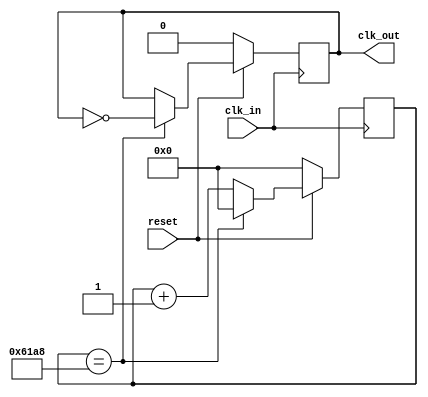

/* complete */
`define UnitTime 32'd 25000
module Unit_fd(clk_in ,reset, clk_out) ; // Time Frequency Divider
    input clk_in,reset ;
    output reg clk_out ;
    reg [31:0] count ;

    always@(posedge clk_in)
    begin
        if(!reset)
            begin
                count<=32'd 0 ;
                clk_out <= 1'b 0;
            end
        else
            begin
                if(count==`UnitTime)
                    begin
                        count <= 0;
                        clk_out <= ~clk_out;
                    end
                else
                    begin
                        count = count+1 ;//Is the notation between count and count+1 '=' or '<='?
                    end
            end
    end
endmodule

/* complete */
module ssd(in,out); // Seven Segments Display
    input [3:0] in ;
    output reg  [6:0] out ;

    always@(in)
    begin
        case(in)
        4'h 0 : out = 7'b 1000000;
        4'h 1 : out = 7'b 1111001;
        4'h 2 : out = 7'b 0100100;
        4'h 3 : out = 7'b 0110000;
        4'h 4 : out = 7'b 0011001;
        4'h 5 : out = 7'b 0010010;
        4'h 6 : out = 7'b 0000010;
        4'h 7 : out = 7'b 1111000;
        4'h 8 : out = 7'b 0000000;
        4'h 9 : out = 7'b 0010000;
        4'h a : out = 7'b 0001000;
        4'h b : out = 7'b 0000011;
        4'h c : out = 7'b 1000110;
        4'h d : out = 7'b 0100001;
        4'h e : out = 7'b 0000110;
        4'h f : out = 7'b 0001110;
        endcase
    end
endmodule


/*finished but not test yet*/
module LD_state( up , down , map_ld_0 , map_ld_1 , map_ld_2  , map_ld_3  , map_ld_4  , map_ld_5  , map_ld_6  , map_ld_7  ) ; // output a state
    input up , down ;
    output reg [3:0] map_ld_0  ,  map_ld_1  ,  map_ld_2  ,  map_ld_3  ,  map_ld_4  ,  map_ld_5  , map_ld_6  ,  map_ld_7   ;
	 reg jump_or_not = 0 , down_or_not = 0 ;					// , 
	 reg eight_one_clk ;					//:1/8
	 reg [3:0] count = 4'd0 ;			//count : 

	 always@(posedge down or posedge up or posedge eight_one_clk)					//
	 //-----------------------------------------------------
	 begin
	 if(up || down)
	 begin
	 if(jump_or_not == 0)					//
		begin
			if(up)								//up => !
				begin
					jump_or_not <= 1 ;
					count <= count + 1 ;
					if(down)						// && 
						begin
							map_ld_0 <= 4'b0000 ;
							map_ld_1 <= 4'b0000 ;
							map_ld_2 <= 4'b0000 ;
							map_ld_3 <= 4'b0000 ;
							map_ld_4 <= 4'b0000 ;
							map_ld_5 <= 4'b1111 ;
							map_ld_6 <= 4'b0101 ;
							map_ld_7 <= 4'b0000 ;
						end
					else							// && 
						begin
							map_ld_0 <= 4'b0000 ;
							map_ld_1 <= 4'b0000 ;
							map_ld_2 <= 4'b0000 ;
							map_ld_3 <= 4'b0111 ;
							map_ld_4 <= 4'b0100 ;
							map_ld_5 <= 4'b0110 ;
							map_ld_6 <= 4'b1100 ;
							map_ld_7 <= 4'b0000 ;
						end
				end
			else 									//up => !
				begin
					if(down)							// && 
						begin
							map_ld_0 <= 4'b0000 ;
							map_ld_1 <= 4'b0000 ;
							map_ld_2 <= 4'b0000 ;
							map_ld_3 <= 4'b0000 ;
							map_ld_4 <= 4'b0000 ;
							map_ld_5 <= 4'b0000 ;
							map_ld_6 <= 4'b1111 ;
							map_ld_7 <= 4'b0101 ;
						end
					else
						begin
							map_ld_0 <= 4'b0000 ;
							map_ld_1 <= 4'b0000 ;
							map_ld_2 <= 4'b0000 ;
							map_ld_3 <= 4'b0000 ;
							map_ld_4 <= 4'b0111 ;
							map_ld_5 <= 4'b0100 ;
							map_ld_6 <= 4'b0110 ;
							map_ld_7 <= 4'b1100 ;
						end
				end
		end
	 else 									//
		begin
			count <= count + 1 ;				//
			if(count == 4'd9)
				begin
					count <= 0 ;
					jump_or_not = 0 ;
				end
			if(down)							// && 
				begin
					case (count)
					4'd1 , 4'd8 :
						begin
							map_ld_0 <= 4'b0000 ;
							map_ld_1 <= 4'b0000 ;
							map_ld_2 <= 4'b0000 ;
							map_ld_3 <= 4'b0000 ;
							map_ld_4 <= 4'b0000 ;
							map_ld_5 <= 4'b1111 ;
							map_ld_6 <= 4'b0101 ;
							map_ld_7 <= 4'b0000 ;
						end
					4'd2 , 4'd7 :
						begin
							map_ld_0 <= 4'b0000 ;
							map_ld_1 <= 4'b0000 ;
							map_ld_2 <= 4'b0000 ;
							map_ld_3 <= 4'b0000 ;
							map_ld_4 <= 4'b1111 ;
							map_ld_5 <= 4'b0101 ;
							map_ld_6 <= 4'b0000 ;
							map_ld_7 <= 4'b0000 ;
						end
					4'd3 , 4'd6 :
						begin
							map_ld_0 <= 4'b0000 ;
							map_ld_1 <= 4'b0000 ;
							map_ld_2 <= 4'b0000 ;
							map_ld_3 <= 4'b1111 ;
							map_ld_4 <= 4'b0101 ;
							map_ld_5 <= 4'b0000 ;
							map_ld_6 <= 4'b0000 ;
							map_ld_7 <= 4'b0000 ;
						end
					4'd4 , 4'd5 :
						begin
							map_ld_0 <= 4'b0000 ;
							map_ld_1 <= 4'b0000 ;
							map_ld_2 <= 4'b1111 ;
							map_ld_3 <= 4'b0101 ;
							map_ld_4 <= 4'b0000 ;
							map_ld_5 <= 4'b0000 ;
							map_ld_6 <= 4'b0000 ;
							map_ld_7 <= 4'b0000 ;
						end
				endcase
			end
			else								// && 
				begin
				case (count)
					4'd1 , 4'd8 :
						begin
							map_ld_0 <= 4'b0000 ;
							map_ld_1 <= 4'b0000 ;
							map_ld_2 <= 4'b0000 ;
							map_ld_3 <= 4'b0111 ;
							map_ld_4 <= 4'b0100 ;
							map_ld_5 <= 4'b0110 ;
							map_ld_6 <= 4'b1100 ;
							map_ld_7 <= 4'b0000 ;
						end
					4'd2 , 4'd7 :
						begin
							map_ld_0 <= 4'b0000 ;
							map_ld_1 <= 4'b0000 ;
							map_ld_2 <= 4'b0111 ;
							map_ld_3 <= 4'b0100 ;
							map_ld_4 <= 4'b0110 ;
							map_ld_5 <= 4'b1100 ;
							map_ld_6 <= 4'b0000 ;
							map_ld_7 <= 4'b0000 ;
						end
					4'd3 , 4'd6 :
						begin
							map_ld_0 <= 4'b0000 ;
							map_ld_1 <= 4'b0111 ;
							map_ld_2 <= 4'b0100 ;
							map_ld_3 <= 4'b0110 ;
							map_ld_4 <= 4'b1100 ;
							map_ld_5 <= 4'b0000 ;
							map_ld_6 <= 4'b0000 ;
							map_ld_7 <= 4'b0000 ;
						end
					4'd4 , 4'd5 :
						begin
							map_ld_0 <= 4'b0111 ;
							map_ld_1 <= 4'b0100 ;
							map_ld_2 <= 4'b0110 ;
							map_ld_3 <= 4'b1100 ;
							map_ld_4 <= 4'b0000 ;
							map_ld_5 <= 4'b0000 ;
							map_ld_6 <= 4'b0000 ;
							map_ld_7 <= 4'b0000 ;
						end
					endcase
				end
		end
	end
end
endmodule


/* finish but not test yet */
module Obstacle (unit_clk  , reset , gap , spawn_obstacle_7 , spawn_obstacle_6 , spawn_obstacle_5 , spawn_obstacle_4 , spawn_obstacle_3
    ,spawn_obstacle_2 , spawn_obstacle_1 , spawn_obstacle_0 ) ;

    input unit_clk ;
    input reset ;
    input [1:0] gap ;
    output reg [1:0] spawn_obstacle_7 ;
    output reg [1:0] spawn_obstacle_6 ;
    output reg [1:0] spawn_obstacle_5 ;
    output reg [1:0] spawn_obstacle_4 ;
    output reg [1:0] spawn_obstacle_3 ;
    output reg [1:0] spawn_obstacle_2 ;
    output reg [1:0] spawn_obstacle_1 ;
    output reg [1:0] spawn_obstacle_0 ;
    reg[2:0] ran ;
    /*
    wire[31:0] random ;
    reg i_Seed_DV;
	reg [31:0] i_Seed_Data;
	wire [31:0] o_LFSR_Data;
	wire o_LFSR_Done;
    */

    /* random number generator */
    //LFSR #(.NUM_BITS(32)) dut( unit_clk , reset, i_Seed_DV , i_Seed_Data , o_LFSR_Data , o_LFSR_Done );

    always@(posedge unit_clk , posedge reset)
    begin
        if(reset==1)
            begin
                spawn_obstacle_0 <= 2'b 00 ;
                spawn_obstacle_1 <= 2'b 00 ;
                spawn_obstacle_2 <= 2'b 00 ;
                spawn_obstacle_3 <= 2'b 00 ;
                spawn_obstacle_4 <= 2'b 00 ;
                spawn_obstacle_5 <= 2'b 00 ;
                spawn_obstacle_6 <= 2'b 00 ;
                spawn_obstacle_7 <= 2'b 00 ;  
            end
        else
            begin
            ran <= ran+1 ;
            case(ran)
            3'd 0 :begin
                spawn_obstacle_0 <= 2'b 00 ;
                spawn_obstacle_1 <= 2'b 00 ;
                spawn_obstacle_2 <= 2'b 00 ;
                spawn_obstacle_3 <= 2'b 00 ;
                spawn_obstacle_4 <= 2'b 00 ;
                spawn_obstacle_5 <= 2'b 11 ;
                spawn_obstacle_6 <= 2'b 11 ;
                spawn_obstacle_7 <= 2'b 11 ; 
            end
            3'd 1 :begin
                spawn_obstacle_0 <= 2'b 11 ;
                spawn_obstacle_1 <= 2'b 11 ;
                spawn_obstacle_2 <= 2'b 11 ;
                spawn_obstacle_3 <= 2'b 11 ;
                spawn_obstacle_4 <= 2'b 00 ;
                spawn_obstacle_5 <= 2'b 00 ;
                spawn_obstacle_6 <= 2'b 00 ;
                spawn_obstacle_7 <= 2'b 00 ;  
            end
            3'd 2 :begin
                spawn_obstacle_0 <= 2'b 11 ;
                spawn_obstacle_1 <= 2'b 11 ;
                spawn_obstacle_2 <= 2'b 00 ;
                spawn_obstacle_3 <= 2'b 00 ;
                spawn_obstacle_4 <= 2'b 00 ;
                spawn_obstacle_5 <= 2'b 00 ;
                spawn_obstacle_6 <= 2'b 11 ;
                spawn_obstacle_7 <= 2'b 11 ; 
            end
            3'd 3 :begin
                spawn_obstacle_0 <= 2'b 00 ;
                spawn_obstacle_1 <= 2'b 00 ;
                spawn_obstacle_2 <= 2'b 00 ;
                spawn_obstacle_3 <= 2'b 00 ;
                spawn_obstacle_4 <= 2'b 00 ;
                spawn_obstacle_5 <= 2'b 11 ;
                spawn_obstacle_6 <= 2'b 11 ;
                spawn_obstacle_7 <= 2'b 11 ; 
            end
            3'd 4 :begin
                spawn_obstacle_0 <= 2'b 11 ;
                spawn_obstacle_1 <= 2'b 00 ;
                spawn_obstacle_2 <= 2'b 00 ;
                spawn_obstacle_3 <= 2'b 11 ;
                spawn_obstacle_4 <= 2'b 00 ;
                spawn_obstacle_5 <= 2'b 00 ;
                spawn_obstacle_6 <= 2'b 00 ;
                spawn_obstacle_7 <= 2'b 11 ; 
            end
            3'd 5 :begin
                spawn_obstacle_0 <= 2'b 11 ;
                spawn_obstacle_1 <= 2'b 11 ;
                spawn_obstacle_2 <= 2'b 11 ;
                spawn_obstacle_3 <= 2'b 00 ;
                spawn_obstacle_4 <= 2'b 00 ;
                spawn_obstacle_5 <= 2'b 00 ;
                spawn_obstacle_6 <= 2'b 00 ;
                spawn_obstacle_7 <= 2'b 11 ; 
            end
            3'd 6 :begin
                spawn_obstacle_0 <= 2'b 11 ;
                spawn_obstacle_1 <= 2'b 11 ;
                spawn_obstacle_2 <= 2'b 00 ;
                spawn_obstacle_3 <= 2'b 00 ;
                spawn_obstacle_4 <= 2'b 00 ;
                spawn_obstacle_5 <= 2'b 11 ;
                spawn_obstacle_6 <= 2'b 00 ;
                spawn_obstacle_7 <= 2'b 11 ;  
            end
            3'd 7 :begin
                spawn_obstacle_0 <= 2'b 01 ;
                spawn_obstacle_1 <= 2'b 01 ;
                spawn_obstacle_2 <= 2'b 11 ;
                spawn_obstacle_3 <= 2'b 00 ;
                spawn_obstacle_4 <= 2'b 00 ;
                spawn_obstacle_5 <= 2'b 11 ;
                spawn_obstacle_6 <= 2'b 01 ;
                spawn_obstacle_7 <= 2'b 01 ;  
            end
            endcase
            end
    end
endmodule

/* finish but not test yet */
module Hit ( unit_clk,record_obstacle_7 , record_obstacle_6 ,record_obstacle_5  , record_obstacle_4  , record_obstacle_3  , record_obstacle_2  ,
            record_obstacle_1 , record_obstacle_0 ,map_ld_7, map_ld_6 , map_ld_5 , map_ld_4 , map_ld_3 , map_ld_2 , map_ld_1 , map_ld_0 ,
            life3 , life2 , life1 , GameOver ) ;
    input unit_clk ;
    input[15:0] record_obstacle_7 ;
    input[15:0] record_obstacle_6 ;
    input[15:0] record_obstacle_5 ;
    input[15:0] record_obstacle_4 ;
    input[15:0] record_obstacle_3 ;
    input[15:0] record_obstacle_2 ;
    input[15:0] record_obstacle_1 ;
    input[15:0] record_obstacle_0 ;
    input[3:0] map_ld_7 ; 
    input[3:0] map_ld_6 ; 
    input[3:0] map_ld_5 ; 
    input[3:0] map_ld_4 ; 
    input[3:0] map_ld_3 ; 
    input[3:0] map_ld_2 ; 
    input[3:0] map_ld_1 ; 
    input[3:0] map_ld_0 ; 
    output reg life3 , life2 , life1 ;
    output reg GameOver ; 
    reg hit ;

    always@(posedge unit_clk)
        begin

        hit <=( (record_obstacle_7[3] & map_ld_7[3])  || (record_obstacle_7[2] & map_ld_7[2]) || (record_obstacle_7[1] & map_ld_7[1]) ||(record_obstacle_7[0] & map_ld_7[0]) ||
            (record_obstacle_6[3] & map_ld_6[3])  || (record_obstacle_6[2] & map_ld_6[2]) || (record_obstacle_6[1] & map_ld_6[1]) ||(record_obstacle_6[0] & map_ld_6[0]) ||
            (record_obstacle_5[3] & map_ld_5[3])  || (record_obstacle_5[2] & map_ld_5[2]) || (record_obstacle_5[1] & map_ld_5[1]) ||(record_obstacle_5[0] & map_ld_5[0]) ||
            (record_obstacle_4[3] & map_ld_4[3])  || (record_obstacle_4[2] & map_ld_4[2]) || (record_obstacle_4[1] & map_ld_4[1]) ||(record_obstacle_4[0] & map_ld_4[0]) ||
            (record_obstacle_3[3] & map_ld_3[3])  || (record_obstacle_3[2] & map_ld_3[2]) || (record_obstacle_3[1] & map_ld_3[1]) ||(record_obstacle_3[0] & map_ld_3[0]) ||
            (record_obstacle_2[3] & map_ld_2[3])  || (record_obstacle_2[2] & map_ld_2[2]) || (record_obstacle_2[1] & map_ld_2[1]) ||(record_obstacle_2[0] & map_ld_2[0]) ||
            (record_obstacle_1[3] & map_ld_1[3])  || (record_obstacle_1[2] & map_ld_1[2]) || (record_obstacle_1[1] & map_ld_1[1]) ||(record_obstacle_1[0] & map_ld_1[0]) ||
            (record_obstacle_0[3] & map_ld_0[3])  || (record_obstacle_0[2] & map_ld_0[2]) || (record_obstacle_0[1] & map_ld_0[1]) ||(record_obstacle_0[0] & map_ld_0[0]) 
            ) ? 1:0 ;

        end


    initial life3 = 1 ;
    initial life2 = 1 ;
    initial life1 = 1 ;


endmodule


/* Author : wadxs90123 
   finished but not test yet */
module Score(unit_clk,reset,score_out1,score_out2,score_out3,score_out4);//The score is depands on game speed , so we just need to change the game speed
    input unit_clk,reset;
    output reg [3:0] score_out1,score_out2,score_out3,score_out4;
    reg[3:0] score;
    
    always@(posedge unit_clk , negedge reset)
		begin
		if(!reset)//initialize
			begin
			  score<=4'b 0;
			end
		else
		   begin
				if(score == 4'b 1111)//can set another number,not only 16 ,"score" is just a timer
					begin
						score <=0;
						if(score_out1 != 4'h f)
							begin
							    score_out1 <= score_out1 +1;
							end
					    else
					        begin
					            score_out1 <= 0;
					            if(score_out2 != 4'h f)
					        	    begin
					        	        score_out2 <= score_out2 +1;
					                end
					            else
					                begin
					                    score_out2 <= 0;
					                    if(score_out3!=4'h f)
					                        begin
					                            score_out3 <= score_out3 +1;
					                        end
					                    else
					                        begin
					                            score_out3 <= 0;
					                            if(score_out4!= 4'h f)
					                                begin
					                                    score_out4 <= score_out4 +1;
					                                end 
					                            else
					                                begin
					                                    score_out1 <= 0;
					                                    score_out2 <= 0;
					                                    score_out3 <= 0;
					                                    score_out4 <= 0;//re-count from 0000...
					                                end
					                        end
					                end
					        end
					end
				else
					begin
						score <= score + 1;
					end
			end
		end
endmodule

/* pseudo random number generator */
module LFSR #(parameter NUM_BITS = 32)(
   input i_Clk,
   input i_Enable,

   // Optional Seed Value
   input i_Seed_DV,
   input [NUM_BITS-1:0] i_Seed_Data,

   output [NUM_BITS-1:0] o_LFSR_Data,
   output o_LFSR_Done
   );

  reg [NUM_BITS:1] r_LFSR = 0;
  reg              r_XNOR;

  always @(posedge i_Clk)
    begin
      if (i_Enable == 1'b1)
        begin
          if (i_Seed_DV == 1'b1)
            r_LFSR <= i_Seed_Data;
          else
            r_LFSR <= {r_LFSR[NUM_BITS-1:1], r_XNOR};
        end
    end

  always @(*)
    begin
      case (NUM_BITS)
        3: begin
          r_XNOR = r_LFSR[3] ^~ r_LFSR[2];
        end
        4: begin
          r_XNOR = r_LFSR[4] ^~ r_LFSR[3];
        end
        5: begin
          r_XNOR = r_LFSR[5] ^~ r_LFSR[3];
        end
        6: begin
          r_XNOR = r_LFSR[6] ^~ r_LFSR[5];
        end
        7: begin
          r_XNOR = r_LFSR[7] ^~ r_LFSR[6];
        end
        8: begin
          r_XNOR = r_LFSR[8] ^~ r_LFSR[6] ^~ r_LFSR[5] ^~ r_LFSR[4];
        end
        9: begin
          r_XNOR = r_LFSR[9] ^~ r_LFSR[5];
        end
        10: begin
          r_XNOR = r_LFSR[10] ^~ r_LFSR[7];
        end
        11: begin
          r_XNOR = r_LFSR[11] ^~ r_LFSR[9];
        end
        12: begin
          r_XNOR = r_LFSR[12] ^~ r_LFSR[6] ^~ r_LFSR[4] ^~ r_LFSR[1];
        end
        13: begin
          r_XNOR = r_LFSR[13] ^~ r_LFSR[4] ^~ r_LFSR[3] ^~ r_LFSR[1];
        end
        14: begin
          r_XNOR = r_LFSR[14] ^~ r_LFSR[5] ^~ r_LFSR[3] ^~ r_LFSR[1];
        end
        15: begin
          r_XNOR = r_LFSR[15] ^~ r_LFSR[14];
        end
        16: begin
          r_XNOR = r_LFSR[16] ^~ r_LFSR[15] ^~ r_LFSR[13] ^~ r_LFSR[4];
          end
        17: begin
          r_XNOR = r_LFSR[17] ^~ r_LFSR[14];
        end
        18: begin
          r_XNOR = r_LFSR[18] ^~ r_LFSR[11];
        end
        19: begin
          r_XNOR = r_LFSR[19] ^~ r_LFSR[6] ^~ r_LFSR[2] ^~ r_LFSR[1];
        end
        20: begin
          r_XNOR = r_LFSR[20] ^~ r_LFSR[17];
        end
        21: begin
          r_XNOR = r_LFSR[21] ^~ r_LFSR[19];
        end
        22: begin
          r_XNOR = r_LFSR[22] ^~ r_LFSR[21];
        end
        23: begin
          r_XNOR = r_LFSR[23] ^~ r_LFSR[18];
        end
        24: begin
          r_XNOR = r_LFSR[24] ^~ r_LFSR[23] ^~ r_LFSR[22] ^~ r_LFSR[17];
        end
        25: begin
          r_XNOR = r_LFSR[25] ^~ r_LFSR[22];
        end
        26: begin
          r_XNOR = r_LFSR[26] ^~ r_LFSR[6] ^~ r_LFSR[2] ^~ r_LFSR[1];
        end
        27: begin
          r_XNOR = r_LFSR[27] ^~ r_LFSR[5] ^~ r_LFSR[2] ^~ r_LFSR[1];
        end
        28: begin
          r_XNOR = r_LFSR[28] ^~ r_LFSR[25];
        end
        29: begin
          r_XNOR = r_LFSR[29] ^~ r_LFSR[27];
        end
        30: begin
          r_XNOR = r_LFSR[30] ^~ r_LFSR[6] ^~ r_LFSR[4] ^~ r_LFSR[1];
        end 
        31: begin
          r_XNOR = r_LFSR[31] ^~ r_LFSR[28];
        end
        32: begin
          r_XNOR = r_LFSR[32] ^~ r_LFSR[22] ^~ r_LFSR[2] ^~ r_LFSR[1];
        end

      endcase // case (NUM_BITS)
    end // always @ (*)

  assign o_LFSR_Data = r_LFSR[NUM_BITS:1];
  assign o_LFSR_Done = (r_LFSR[NUM_BITS:1] == i_Seed_Data) ? 1'b1 : 1'b0;

endmodule // LFSR

/* top module */
`define padTime 10 
module little_dinosaur(clock , reset , keypadCol , keypadRow , ssd_out1 , ssd_out2 , ssd_out3 , ssd_out4 , dot_row , dot_col1
         , dot_col2 , life1 , life2 , life3 ) ;
    
    /*device*/
    input clock , reset ;
    input [3:0] keypadCol ;	
	output reg [3:0] keypadRow ; 
    output[6:0] ssd_out1 , ssd_out2 , ssd_out3 , ssd_out4 ; // Seven Segments Display
    output reg [7:0] dot_row , dot_col1 , dot_col2 ; // show the picture in the dot matrix
    output life1 , life2 , life3 ;
    wire [3:0] score_out1,score_out2,score_out3,score_out4; // connect to the ssd 
    wire unit_clk ; // unit_clk represents the time to refresh the dot matrix   
    reg [3:0] keypadBuf ;
	reg [3:0] keypadDelay ;
    reg stop , start , restart , up , down ;
    wire GameOver ;
    
    /*map*/
    wire[7:0] col1[7:0] ,  col2[7:0]  ; // Combine the mv_map and map_ld together , and send it to dot_col 
    reg[7:0] mv_map[7:0][1:0] ; // the map only need to record the column  
    wire [3:0] map_ld[7:0] ; // the map of the little dinosaur
    reg [15:0] record_obstacle[7:0] ; // position of obstacle 
    wire [7:0] temp[7:0] ;
   
    /*obstacle*/ 
    wire[1:0] spawn_obstacle[7:0] ; // generate obstacles
    reg[1:0] obstacle[7:0] ; // spawn_obstacle give the generated one to obstacle
    reg[1:0] gap ; // used to control the obstacle not too close to other obstacles

    /*other*/
    wire hit ; // check if the little dinosaur was hit or not 
    wire score ;
    reg [2:0] row_count ;

    /*speed*/

    ssd s1(.in(score_out1),.out(ssd_out1));
    ssd s2(.in(score_out2),.out(ssd_out2));
    ssd s3(.in(score_out3),.out(ssd_out3));
    ssd s4(.in(score_out4),.out(ssd_out4));


    Unit_fd f2 (.clk_in(clock) , .reset(reset) , .clk_out(unit_clk)) ; // frequency divider 

    LD_state m1 ( up , down , map_ld[0], map_ld[1], map_ld[2],  map_ld[3],  map_ld[4],  map_ld[5],  map_ld[6],  map_ld[7] ) ;

    // create a new obstacle
    Obstacle m2 (unit_clk , reset , gap , spawn_obstacle[7] , spawn_obstacle[6] , spawn_obstacle[5] , spawn_obstacle[4] , spawn_obstacle[3]
    ,spawn_obstacle[2] , spawn_obstacle[1] , spawn_obstacle[0] ) ;

    // check whether it was hit or not 
    Hit m3 (unit_clk, record_obstacle[7] , record_obstacle[6],record_obstacle[5] , record_obstacle[4] , record_obstacle[3] , record_obstacle[2] ,
            record_obstacle[1] , record_obstacle[0] , map_ld[7] , map_ld[6] ,map_ld[5] , map_ld[4] ,map_ld[3] , map_ld[2] ,  map_ld[1],
            map_ld[0] , life3 , life2 , life1 , GameOver ) ;

    // the score is depends on game speed 
    Score m4 (unit_clk,reset,score_out1,score_out2,score_out3,score_out4);
    
    /* Merge the map */
    assign temp[0] = mv_map[0][0] ;
    assign col1[0] = {(temp[0][7:4] | map_ld[0]) , temp[0][3:0]}  ; 
    assign col2[0] = mv_map[0][1] ;

    assign temp[1] = mv_map[1][0] ;
    assign col1[1] = {(temp[1][7:4] | map_ld[1]) , temp[1][3:0]}  ; 
    assign col2[1] = mv_map[1][1] ;

    assign temp[2] = mv_map[2][0] ;
    assign col1[2] = {(temp[2][7:4] | map_ld[2]) , temp[2][3:0]}  ; 
    assign col2[2] = mv_map[2][1] ;

    assign temp[3] = mv_map[3][0] ;
    assign col1[3] = {(temp[3][7:4] | map_ld[3]) , temp[3][3:0]}  ; 
    assign col2[3] = mv_map[3][1] ;

    assign temp[4] = mv_map[4][0] ;
    assign col1[4] = {(temp[4][7:4] | map_ld[4]) , temp[4][3:0]}  ; 
    assign col2[4] = mv_map[4][1] ;

    assign temp[5] = mv_map[5][0] ;
    assign col1[5] = {(temp[5][7:4] | map_ld[5]) , temp[5][3:0]}  ; 
    assign col2[5] = mv_map[5][1] ;

    assign temp[6] = mv_map[6][0] ;
    assign col1[6] = {(temp[6][7:4] | map_ld[6]) , temp[6][3:0]}  ; 
    assign col2[6] = mv_map[6][1] ;

    assign temp[7] = mv_map[7][0] ;
    assign col1[7] = {(temp[7][7:4] | map_ld[7]) , temp[7][3:0]}  ; 
    assign col2[7] = mv_map[7][1] ;
    /* Merge the map */

    /* Refresh the map */
    always@(posedge unit_clk , negedge reset )
    begin
        if(!reset)
            begin

            end
        else
                begin
                    row_count <= row_count+1 ;
                    case(row_count)
                    3'd 0 :
                        dot_row <= 8'b 01111111 ;
                    3'd 1 :
                        dot_row <= 8'b 10111111 ;
                    3'd 2 :
                        dot_row <= 8'b 11011111 ;
                    3'd 3 :
                        dot_row <= 8'b 11101111 ;
                    3'd 4 :
                        dot_row <= 8'b 11110111 ;
                    3'd 5 :
                        dot_row <= 8'b 11111011 ;
                    3'd 6 :
                        dot_row <= 8'b 11111101 ;
                    3'd 7 :
                        dot_row <= 8'b 11111110 ;
                endcase

                case(row_count)
                    3'd 0 :
                    begin
                        dot_col1 <= col1[0] ;
                        dot_col2 <= col2[0] ;
                    end
                    3'd 1 :
                    begin
                        dot_col1 <= col1[1] ;
                        dot_col2 <= col2[1] ;
                    end
                    3'd 2 :
                    begin
                        dot_col1 <= col1[2] ;
                        dot_col2 <= col2[2] ;
                    end
                    3'd 3 :
                    begin
                        dot_col1 <= col1[3] ;
                        dot_col2 <= col2[3] ;
                    end
                    3'd 4 :
                    begin
                        dot_col1 <= col1[4] ;
                        dot_col2 <= col2[4] ;
                    end
                    3'd 5 :
                    begin
                        dot_col1 <= col1[5] ;
                        dot_col2 <= col2[5] ;
                    end
                    3'd 6 :
                    begin
                        dot_col1 <= col1[6] ;
                        dot_col2 <= col2[6] ;
                    end
                    3'd 7 :
                    begin
                        dot_col1 <= col1[7] ;
                        dot_col2 <= col2[7] ;
                    end
                    endcase
                end
        end
    /* Refresh the map */
   
   /* Moving the map */ 
    integer i ;
    always@(posedge unit_clk )
    begin
        if(stop == 0)
            begin
                if(gap == 2'd 3)
                    begin
                    gap <= 2'd 0 ;
                    for(i=0 ; i< 8  ; i = i+1 ) 
                        begin
                            obstacle[i] <= spawn_obstacle[i] ;
                            record_obstacle[i][1:0] <= spawn_obstacle[i] ; // the obstacle map 
                        end
                    end
                else
                    begin
                    for(i = 0 ; i < 8 ; i = i+1 )
                        begin
                            obstacle[i] <= obstacle[i] ;
                            record_obstacle[i] <= record_obstacle[i] << 1 ; // the obstacle map 
                            gap <= gap+1 ;
                        end
                    end

                
                // outside the if-else condition 
                for(i = 0 ; i < 8 ; i = i+1 )
                    begin
                        {mv_map[i][0],mv_map[i][1],obstacle[i]} <= {mv_map[i][0],mv_map[i][1],obstacle[i]} << 1 ;
                    end
            end

        else // stop the game 
            for(i = 0 ; i < 8 ; i = i+1 )
                begin
                    {mv_map[i][0],mv_map[i][1],obstacle[i]} <= {mv_map[i][0],mv_map[i][1],obstacle[i]} ;
                end
    end
    /* Moving the map */

    /* Detect the keypad  */
    always@(posedge unit_clk)
	begin
		if(!reset)
		begin
			keypadRow <= 4'b 1110 ;
			keypadBuf <= 4'b 0000 ;
			keypadDelay <= 4'd 0 ;
		end
		else
		begin
			if(keypadDelay == `padTime)
			begin
				keypadDelay <= 31'd 0 ;
				case({keypadRow, keypadCol})
					8'b1110_1011 : keypadBuf <= 4'h1; // down
					8'b1101_1011 : keypadBuf <= 4'h2; // up 
					8'b0111_1101 : keypadBuf <= 4'hd; // start
					8'b0111_1011 : keypadBuf <= 4'he; // stop
					8'b0111_0111 : keypadBuf <= 4'hf; // restart
					default : keypadBuf <= keypadBuf;
				endcase

				case(keypadRow)
					4'b1110 : keypadRow <= 4'b1101;
					4'b1101 : keypadRow <= 4'b1011;
					4'b1011 : keypadRow <= 4'b0111;
					4'b0111 : keypadRow <= 4'b1110;
					default : keypadRow <= 4'b1110;
				endcase
			end
		else
			keypadDelay <= keypadDelay + 1'd 1 ;
		end
	end

    always@(keypadBuf)
    begin
        case(keypadBuf)
            4'h 1 :begin
                down = 1 ;
                up = 0 ;
                start = 0 ;
                stop = 0 ;
                restart = 0 ;
            end

            4'h 2 :begin
                down = 0 ;
                up = 1 ;
                start = 0 ;
                stop = 0 ;
                restart = 0 ;
            end

            4'h d :begin
                down = 0 ;
                up = 0 ;
                start = 1 ;
                stop = 0 ;
                restart = 0 ;
            end

            4'h e :begin
                down = 0 ;
                up = 0 ;
                start = 0 ;
                stop = 1 ;
                restart = 0 ;
            end

            4'h f :begin
                down = 0 ;
                up = 0 ;
                start = 0 ;
                stop = 0 ;
                restart = 1 ;
            end

            default :begin 
                down = down ;
                up = up ;
                start = start ;
                restart = restart ;
            end

        endcase
    end
    /* Detect the keypad*/

endmodule